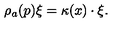
\rho _ { a } ( p ) \xi = \kappa ( x ) \cdot \xi .